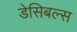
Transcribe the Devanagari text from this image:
डेसिबल्स